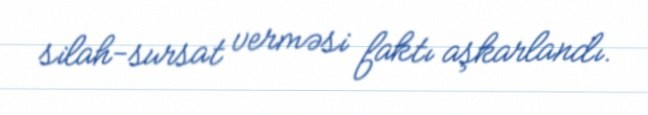
silah-sursat verməsi faktı aşkarlandı.